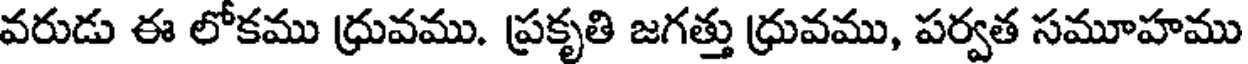
వరుడు ఈ లోకము ధ్రువము. ప్రకృతి జగత్తు ధ్రువము, పర్వత సమూహము